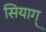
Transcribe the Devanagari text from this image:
सियाग्